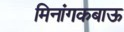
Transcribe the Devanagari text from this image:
मिनांगकबाऊ